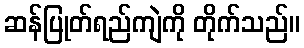
ဆန်ပြုတ်ရည်ကျဲကို တိုက်သည်။